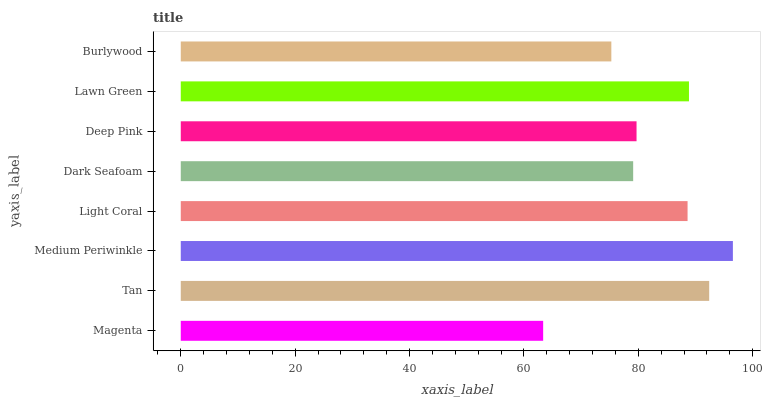
| yaxis_label | bars |
 | --- | --- |
 | Magenta | 63.4 |
 | Tan | 92.4 |
 | Medium Periwinkle | 96.5 |
 | Light Coral | 88.6 |
 | Dark Seafoam | 79.1 |
 | Deep Pink | 79.7 |
 | Lawn Green | 88.9 |
 | Burlywood | 75.3 |